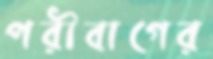
পরীবাগের